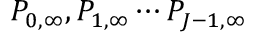
P _ { 0 , \infty } , P _ { 1 , \infty } \cdots P _ { J - 1 , \infty }